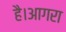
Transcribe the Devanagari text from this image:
है।आगरा